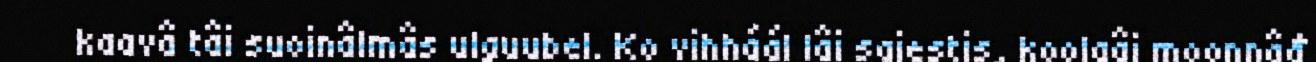
kaavâ tâi suoinâlmâs ulguubel. Ko vihháál lâi sajestis, koolgâi moonnâđ